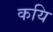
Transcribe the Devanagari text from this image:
कयि